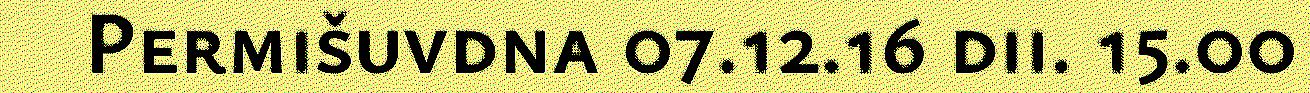
Permišuvdna 07.12.16 dii. 15.00